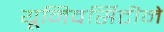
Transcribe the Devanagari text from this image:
यूनिवर्सिटीने